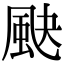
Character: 䫼